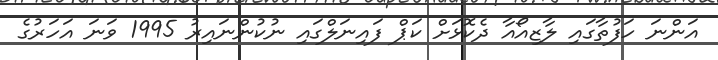
އަންނަ ހަފުތާގައި ލާޒިއޯއާ ދެކޮޅަށް ކަޕް ފައިނަލްގައި ނުކުންނައިރު 1995 ވަނަ އަަހަރުގެ